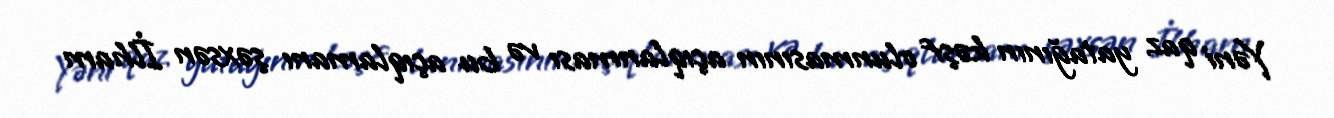
Yəni qaz yatağının kəşf olunmasının açıqlanması və bu açıqlamanı şəxsən İlham